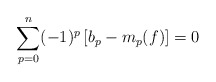
\begin{align*}\sum_{p=0}^{n} (-1)^{p} \left[ b_p - m_p(f) \right] = 0\end{align*}